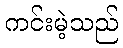
ကင်းမဲ့သည်